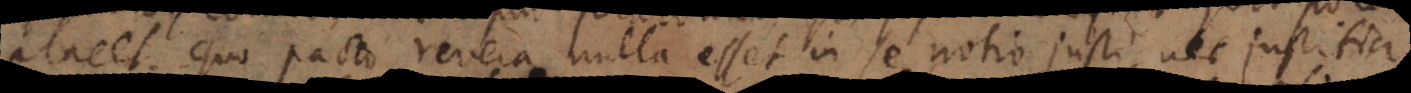
placet. Quo pacto revera nulla esset in se notio justi, nec justitia